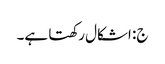
ج: اشکال رکھتا ہے۔